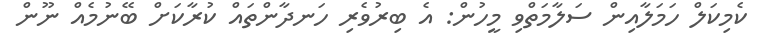
ކެމިކަލް ހަމަލާއިން ސަލާމަތްވި މީހުން: އެ ބިރުވެރި ހަނދާންތައް ކުރާކަށް ބޭނުމެއް ނޫން